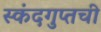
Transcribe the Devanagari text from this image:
स्कंदगुप्तची